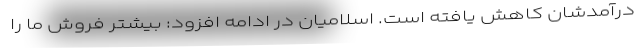
درآمدشان کاهش یافته است. اسلامیان در ادامه افزود: بیشتر فروش ما را